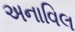
અનાવિલ